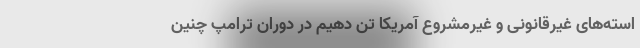
استه‌های غیرقانونی و غیرمشروع آمریکا تن دهیم در دوران ترامپ چنین